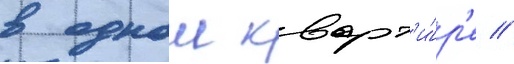
в однои кварт'и́р'е //